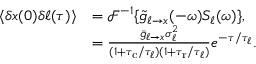
\begin{array} { r l } { \langle \delta x ( 0 ) \delta \ell ( \tau ) \rangle } & { = \mathcal { F } ^ { - 1 } \{ \tilde { g } _ { \ell \to x } ( - \omega ) S _ { \ell } ( \omega ) \} , } \\ & { = \frac { \bar { g } _ { \ell \to x } \sigma _ { \ell } ^ { 2 } } { ( 1 + { \tau _ { \mathrm { c } } } / \tau _ { \ell } ) ( 1 + { \tau _ { \mathrm { r } } } / \tau _ { \ell } ) } e ^ { - \tau / \tau _ { \ell } } . } \end{array}